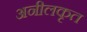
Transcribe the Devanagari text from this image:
अनीलकृत